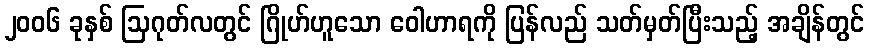
၂၀၀၆ ခုနှစ် ဩဂုတ်လတွင် ဂြိုဟ်ဟူသော ဝေါဟာရကို ပြန်လည် သတ်မှတ်ပြီးသည့် အချိန်တွင်